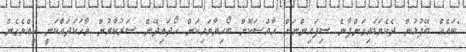
"ބައެއް ބޭފުޅުން ދެކެވަޑައިގަންފާނެ ސިފައިންނަށް ހާއްސަކޮށް ބޯހިޔާވަހިކަން ހޯދައިދޭން ސަރުކާރުން ވާހަކަދައްކަނީ ކީއްވެގެން